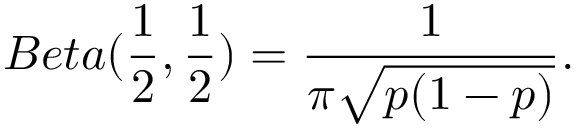
B e t a ( { \frac { 1 } { 2 } } , { \frac { 1 } { 2 } } ) = { \frac { 1 } { \pi { \sqrt { p ( 1 - p ) } } } } .